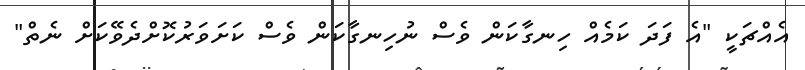
އެއްޗަކީ "އެ ފަދަ ކަމެއް ހިނގާކަން ވެސް ނުހިނގާކަން ވެސް ކަށަވަރުކޮށްދެވޭކަށް ނެތް"